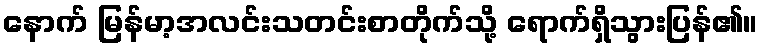
နောက် မြန်မာ့အလင်းသတင်းစာတိုက်သို့ ရောက်ရှိသွားပြန်၏။